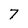
Character: 7